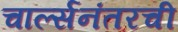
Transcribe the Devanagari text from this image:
चार्ल्सनंतरची